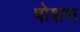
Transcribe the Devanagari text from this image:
षोशण